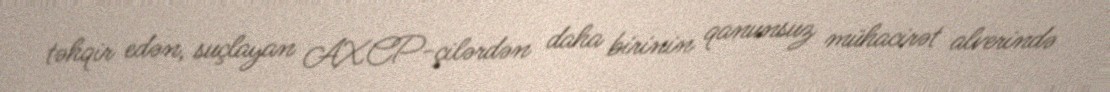
təhqir edən, suçlayan AXCP-çilərdən daha birinin qanunsuz mühacirət alverində